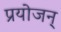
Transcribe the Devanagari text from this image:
प्रयोजन्